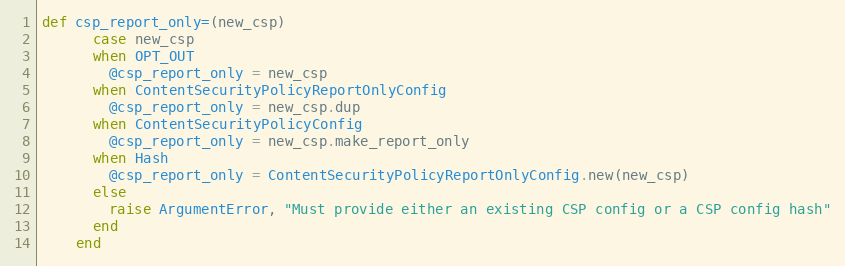
Language: Ruby
def csp_report_only=(new_csp)
      case new_csp
      when OPT_OUT
        @csp_report_only = new_csp
      when ContentSecurityPolicyReportOnlyConfig
        @csp_report_only = new_csp.dup
      when ContentSecurityPolicyConfig
        @csp_report_only = new_csp.make_report_only
      when Hash
        @csp_report_only = ContentSecurityPolicyReportOnlyConfig.new(new_csp)
      else
        raise ArgumentError, "Must provide either an existing CSP config or a CSP config hash"
      end
    end